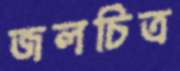
জলচিত্র